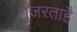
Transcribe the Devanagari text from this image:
गुजरताहै